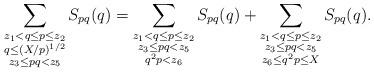
LaTeX: \begin{align*}\sum_{\substack{z_1<q\le p\le z_2\\ q\le (X/p)^{1/2}\\ z_3\le p q<z_5}}S_{p q}(q)=\sum_{\substack{z_1<q\le p\le z_2\\ z_3\le p q<z_5\\ q^2 p < z_6}}S_{p q}(q)+\sum_{\substack{z_1<q\le p\le z_2\\ z_3\le p q<z_5\\ z_6\le q^2 p\le X}}S_{p q}(q).\end{align*}